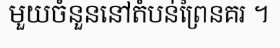
មួយចំនួននៅតំបន់ព្រៃនគរ ។